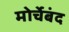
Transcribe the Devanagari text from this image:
मोर्चेबंद